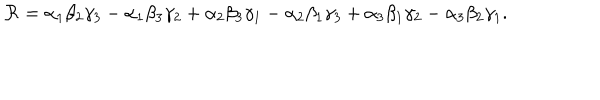
LaTeX: { \cal R } = \alpha _ { 1 } \beta _ { 2 } \gamma _ { 3 } - \alpha _ { 1 } \beta _ { 3 } \gamma _ { 2 } + \alpha _ { 2 } \beta _ { 3 } \gamma _ { 1 } - \alpha _ { 2 } \beta _ { 1 } \gamma _ { 3 } + \alpha _ { 3 } \beta _ { 1 } \gamma _ { 2 } - \alpha _ { 3 } \beta _ { 2 } \gamma _ { 1 } .